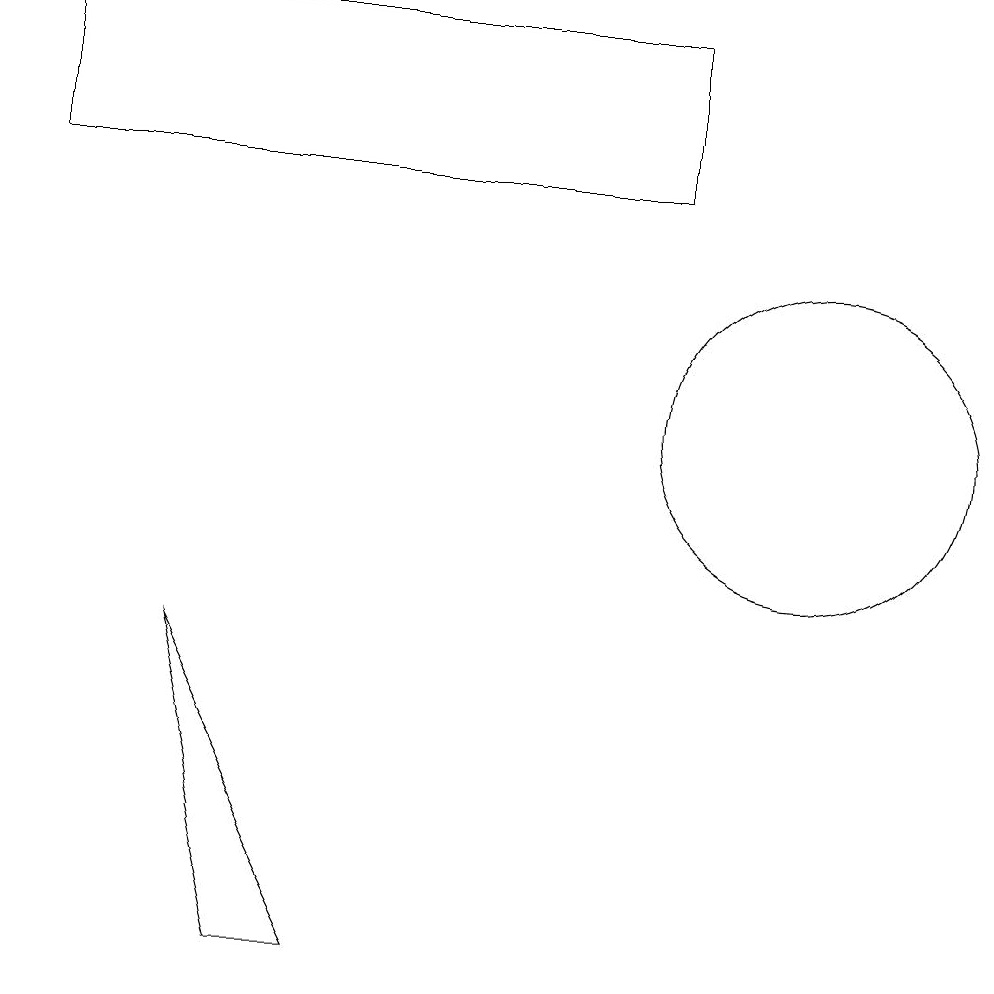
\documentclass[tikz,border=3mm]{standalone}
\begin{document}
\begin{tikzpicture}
\draw (2,7) -- (4,3) -- (3,3) -- cycle;
\draw (0,15) rectangle (8,13);
\draw (10,10) circle (2);
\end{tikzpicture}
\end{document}